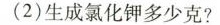
(2)生成氯化钾多少克?